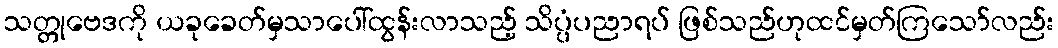
သတ္တုဗေဒကို ယခုခေတ်မှသာပေါ်ထွန်းလာသည့် သိပ္ပံပညာရပ် ဖြစ်သည်ဟုထင်မှတ်ကြသော်လည်း